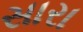
સારા